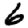
Digit: 6